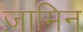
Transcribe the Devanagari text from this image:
ज़ामिन